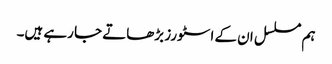
ہم مسلسل ان کے اسٹورز بڑھاتے جا رہے ہیں۔